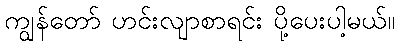
ကျွန်တော် ဟင်းလျာစာရင်း ပို့ပေးပါ့မယ်။